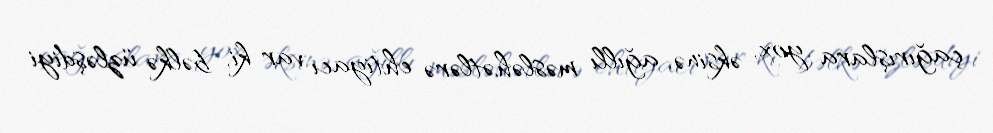
çağırışlara yox, əksinə, ağıllı məsləhətlərə ehtiyacı var ki, bəlkə üzləşdiyi